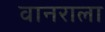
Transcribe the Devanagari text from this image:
वानराला